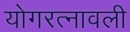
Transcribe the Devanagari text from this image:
योगरत्नावली